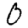
Digit: 0